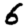
Digit: 6